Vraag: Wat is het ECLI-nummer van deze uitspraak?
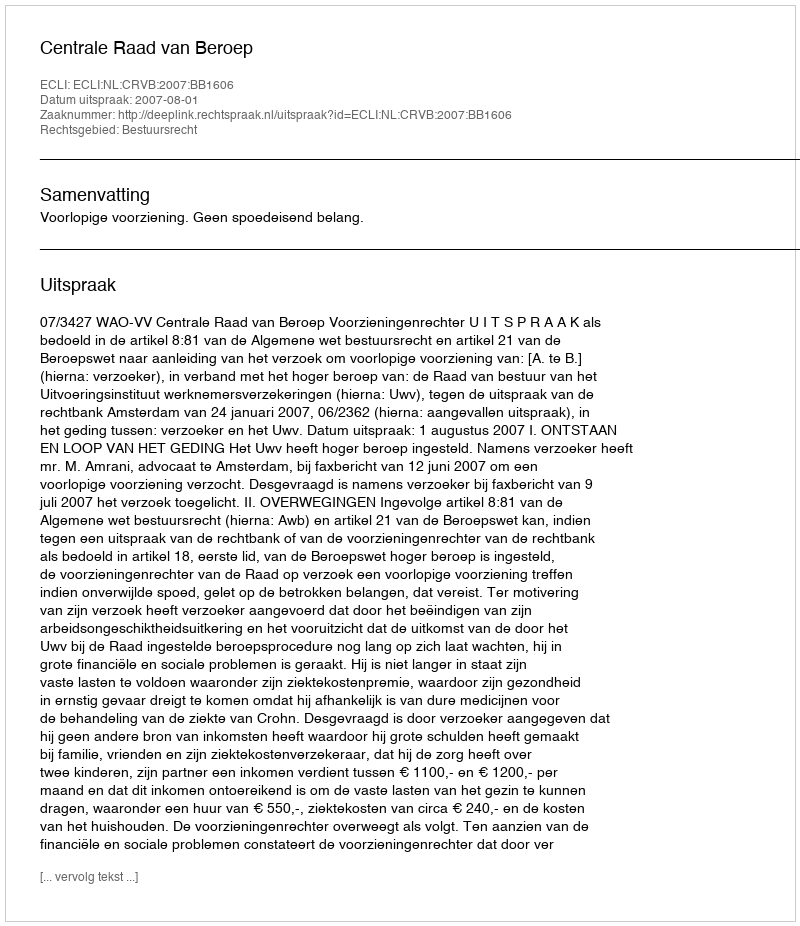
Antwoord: ECLI:NL:CRVB:2007:BB1606